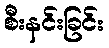
စီးနင်းခြင်း